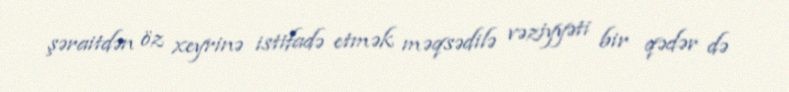
şəraitdən öz xeyrinə istifadə etmək məqsədilə vəziyyəti bir qədər də